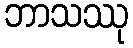
ဘာသဿု